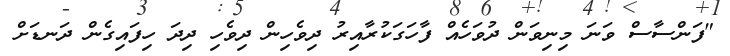
"ފަންސާސް ވަނަ މިނިވަން ދުވަހެއް ފާހަގަކުރާއިރު ދިވެހިން ދިވެހި ދިދަ ހިފައިގެން ދަނޑަށް